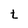
Character: t